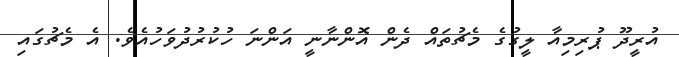
އުރީދޫ ޕުރިމިއާ ލީގުގެ މެޗުތައް ދެން އޮންނާނީ އަންނަ ހުކުރުދުވަހުއެވެ. އެ މެޗުގައި